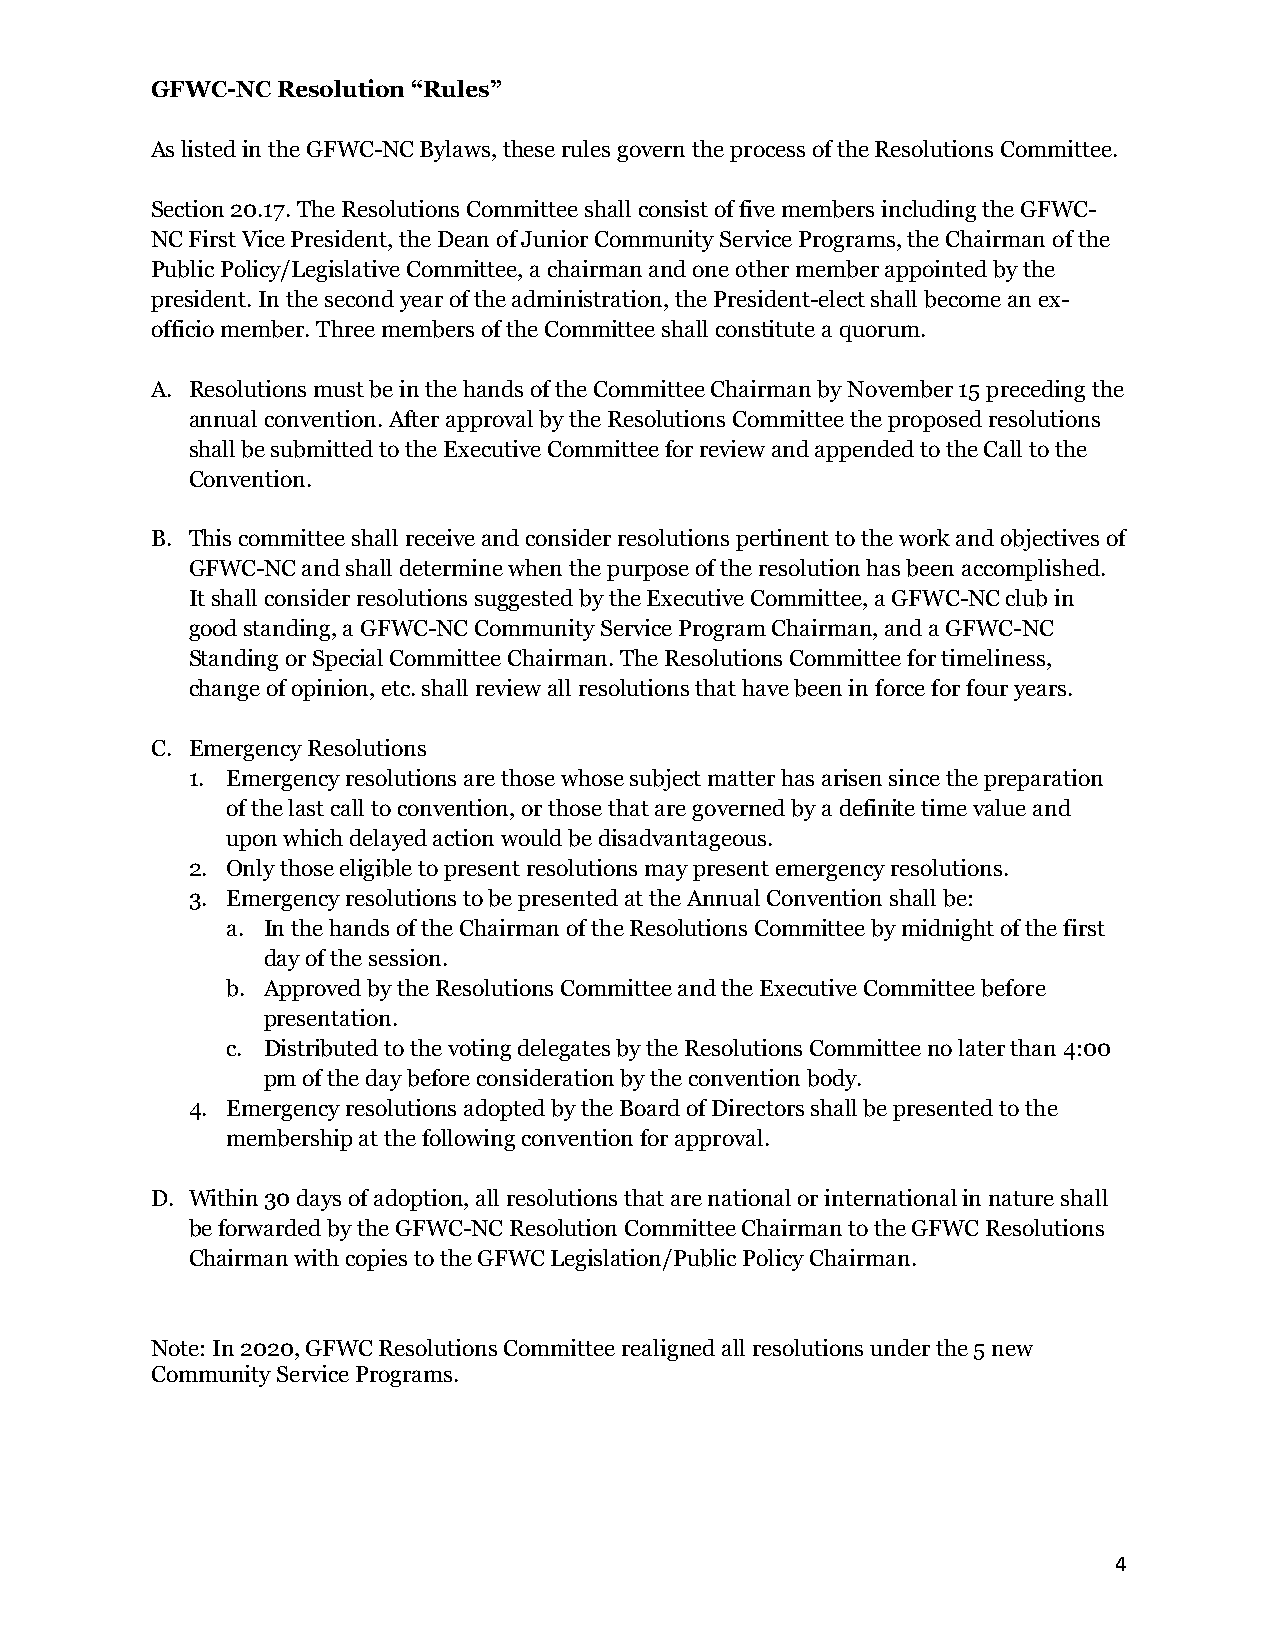
GFWC-NC Resolution “Rules”
 As listed in the GFWC-NC Bylaws, these rules govern the process of the Resolutions Committee.
 Section 20.17. The Resolutions Committee shall consist of five members including the GFWC-
 NC First Vice President, the Dean of Junior Community Service Programs, the Chairman of the
 Public Policy/Legislative Committee, a chairman and one other member appointed by the
 president. In the second year of the administration, the President-elect shall become an ex-
 officio member. Three members of the Committee shall constitute a quorum.
 A. Resolutions must be in the hands of the Committee Chairman by November 15 preceding the
 annual convention. After approval by the Resolutions Committee the proposed resolutions
 shall be submitted to the Executive Committee for review and appended to the Call to the
 Convention.
 B. This committee shall receive and consider resolutions pertinent to the work and objectives of
 GFWC-NC and shall determine when the purpose of the resolution has been accomplished.
 It shall consider resolutions suggested by the Executive Committee, a GFWC-NC club in
 good standing, a GFWC-NC Community Service Program Chairman, and a GFWC-NC
 Standing or Special Committee Chairman. The Resolutions Committee for timeliness,
 change of opinion, etc. shall review all resolutions that have been in force for four years.
 C. Emergency Resolutions
 1. Emergency resolutions are those whose subject matter has arisen since the preparation
 of the last call to convention, or those that are governed by a definite time value and
 upon which delayed action would be disadvantageous.
 2. Only those eligible to present resolutions may present emergency resolutions.
 3. Emergency resolutions to be presented at the Annual Convention shall be:
 a. In the hands of the Chairman of the Resolutions Committee by midnight of the first
 day of the session.
 b. Approved by the Resolutions Committee and the Executive Committee before
 presentation.
 c. Distributed to the voting delegates by the Resolutions Committee no later than 4:00
 pm of the day before consideration by the convention body.
 4. Emergency resolutions adopted by the Board of Directors shall be presented to the
 membership at the following convention for approval.
 D. Within 30 days of adoption, all resolutions that are national or international in nature shall
 be forwarded by the GFWC-NC Resolution Committee Chairman to the GFWC Resolutions
 Chairman with copies to the GFWC Legislation/Public Policy Chairman.
 Note: In 2020, GFWC Resolutions Committee realigned all resolutions under the 5 new
 Community Service Programs.
 4